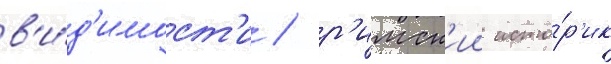
в'и́д'имост'и / р'имск'ии исто́р'ик